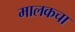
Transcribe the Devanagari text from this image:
मालकचा